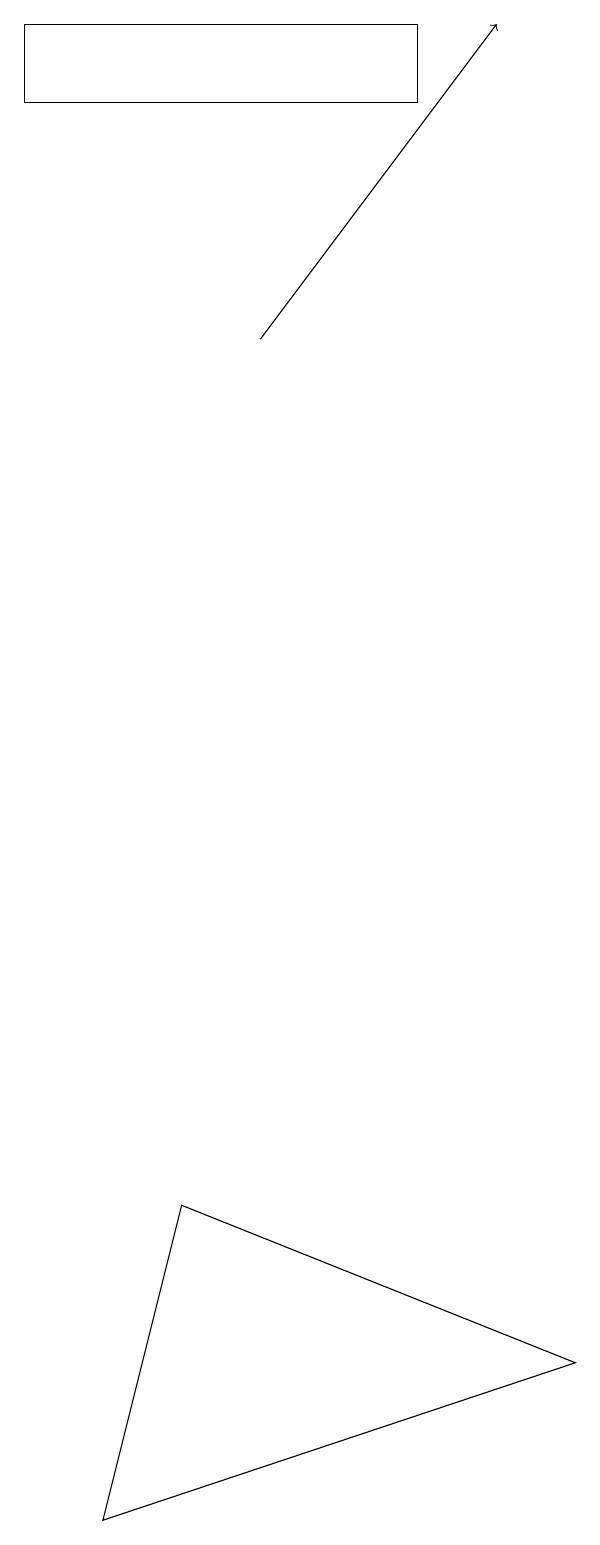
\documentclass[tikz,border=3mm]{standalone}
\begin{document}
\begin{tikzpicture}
\draw (2,4) -- (7,2) -- (1,0) -- cycle;
\draw (5,19) rectangle (0,18);
\draw[->] (3,15) -- (6,19);
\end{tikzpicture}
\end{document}